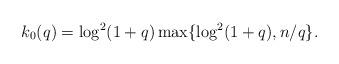
LaTeX: \begin{align*}k_0(q)=\log^2(1+q)\max\{ \log^2(1+q),n/q\}.\end{align*}